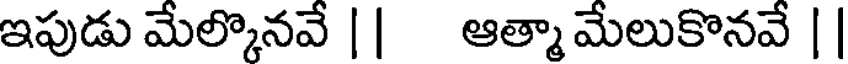
ఇపుడు మేల్కొనవే || ఆత్మా మేలుకొనవే ||